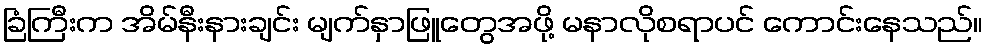
ခြံကြီးက အိမ်နီးနားချင်း မျက်နှာဖြူတွေအဖို့ မနာလိုစရာပင် ကောင်းနေသည်။